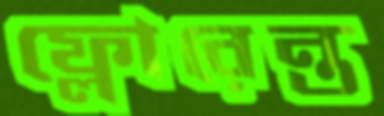
ফ্লোরেন্ত